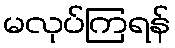
မလုပ်ကြရန်